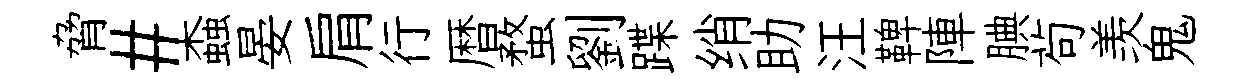
脅#螙晏肩行暦蝥劉蹀绡助汪鞞陣腆茍羡鬼